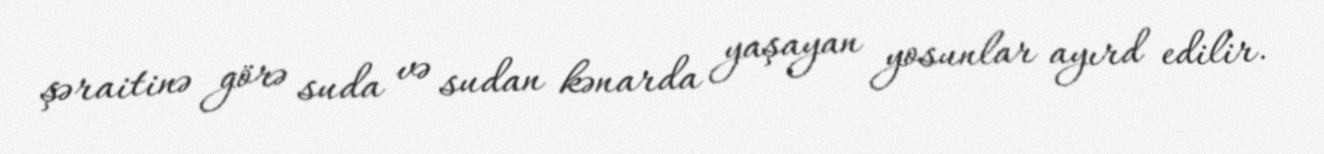
şəraitinə görə suda və sudan kənarda yaşayan yosunlar ayırd edilir.